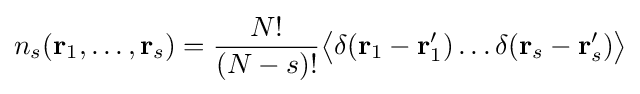
n_{s}(\mathbf {r} _{1},\dots ,\mathbf {r} _{s})={\frac {N!}{(N-s)!}}{\big \langle }\delta (\mathbf {r} _{1}-\mathbf {r} '_{1})\dots \delta (\mathbf {r} _{s}-\mathbf {r} '_{s}){\big \rangle }